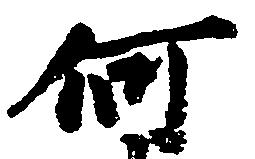
何